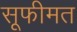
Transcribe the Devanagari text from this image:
सूफीमत